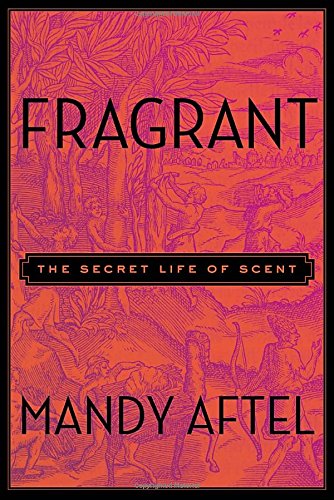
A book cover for Fragrant: The Secret Life of Scent; Mandy Aftel; Cookbooks, Food & Wine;